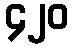
၄၂၀